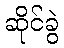
ဆိုင်ခွဲ